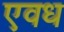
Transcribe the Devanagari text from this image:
एवध